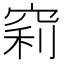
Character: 𥦉